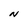
Character: N